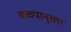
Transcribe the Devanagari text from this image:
कळपानुसार